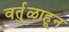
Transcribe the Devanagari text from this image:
वर्तुळाहून